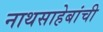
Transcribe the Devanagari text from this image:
नाथसाहेबांची